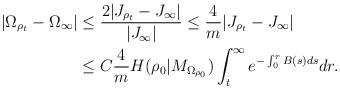
LaTeX: \begin{align*}\begin{aligned}|\Omega_{\rho_{t}}-\Omega_{\infty}|&\le\frac{2|J_{\rho_t} - J_{\infty}|}{|J_{\infty}|}\le \frac{4}{m}|J_{\rho_t} - J_{\infty}|\\&\le C\frac{4}{m}H(\rho_{0}|M_{\Omega_{\rho_{0}}})\int_{t}^{\infty}e^{-\int_{0}^{r}B(s)ds}dr.\end{aligned}\end{align*}